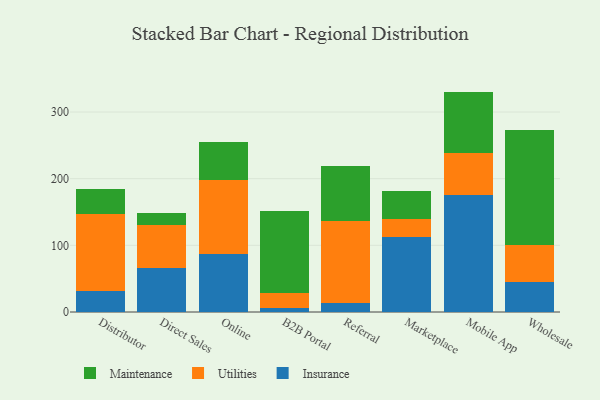
{"axis": {"x": "Channel", "y": "Temperature (°C)"}, "legend": ["Insurance", "Maintenance", "Utilities"], "data": [{"x": "Distributor", "y": 31.0, "type": "Insurance"}, {"x": "Distributor", "y": 115.7, "type": "Utilities"}, {"x": "Distributor", "y": 37.3, "type": "Maintenance"}, {"x": "Direct Sales", "y": 65.8, "type": "Insurance"}, {"x": "Direct Sales", "y": 64.8, "type": "Utilities"}, {"x": "Direct Sales", "y": 18.3, "type": "Maintenance"}, {"x": "Online", "y": 87.2, "type": "Insurance"}, {"x": "Online", "y": 111.4, "type": "Utilities"}, {"x": "Online", "y": 56.3, "type": "Maintenance"}, {"x": "B2B Portal", "y": 6.1, "type": "Insurance"}, {"x": "B2B Portal", "y": 21.9, "type": "Utilities"}, {"x": "B2B Portal", "y": 123.1, "type": "Maintenance"}, {"x": "Referral", "y": 13.8, "type": "Insurance"}, {"x": "Referral", "y": 122.1, "type": "Utilities"}, {"x": "Referral", "y": 83.6, "type": "Maintenance"}, {"x": "Marketplace", "y": 112.5, "type": "Insurance"}, {"x": "Marketplace", "y": 26.8, "type": "Utilities"}, {"x": "Marketplace", "y": 41.5, "type": "Maintenance"}, {"x": "Mobile App", "y": 175.3, "type": "Insurance"}, {"x": "Mobile App", "y": 63.5, "type": "Utilities"}, {"x": "Mobile App", "y": 91.8, "type": "Maintenance"}, {"x": "Wholesale", "y": 44.8, "type": "Insurance"}, {"x": "Wholesale", "y": 55.2, "type": "Utilities"}, {"x": "Wholesale", "y": 173.3, "type": "Maintenance"}]}